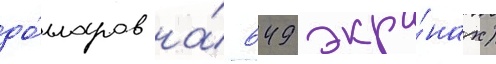
до́лларов на́ 649 экра́нах)